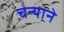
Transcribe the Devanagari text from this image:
चन्याने